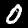
Label: 0